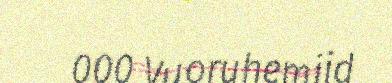
000 Vuoruhemiid